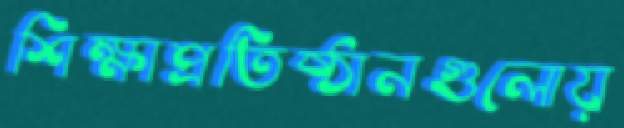
শিক্ষাপ্রতিষ্ঠানগুলোয়